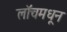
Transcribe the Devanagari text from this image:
लॉचमधून